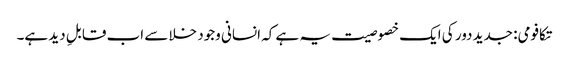
تکافومی: جدید دور کی ایک خصوصیت یہ ہے کہ انسانی وجود خلا سے اب قابلِ دید ہے۔